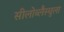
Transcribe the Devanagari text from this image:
सीलोब्लैस्चुला